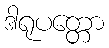
ဒါရုပတ္တော